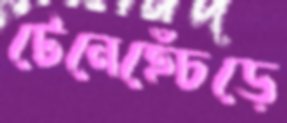
টেনেহেঁচড়ে